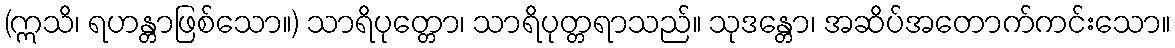
(ဣသိ၊ ရဟန္တာဖြစ်သော။) သာရိပုတ္တော၊ သာရိပုတ္တရာသည်။ သုဒန္တော၊ အဆိပ်အတောက်ကင်းသော။